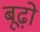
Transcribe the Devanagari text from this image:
बूढ़ो